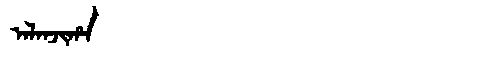
Manchu: ᠠᠯᠠᠨᠵᡳᡥᠠ
Romanization: ALANJIHA